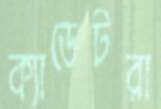
ক্যাডেটরা